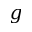
g